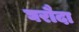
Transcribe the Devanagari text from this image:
घरौदा